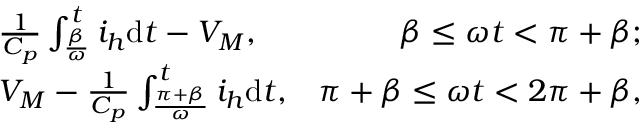
\begin{array} { r l r } & { \frac { 1 } { C _ { p } } \int _ { \frac { \beta } { \omega } } ^ { t } i _ { h } \mathrm { d } t - { V _ { M } } , } & { \beta \le \omega t < \pi + \beta ; } \\ & { { V _ { M } } - \frac { 1 } { C _ { p } } \int _ { \frac { \pi + \beta } { \omega } } ^ { t } i _ { h } \mathrm { d } t , } & { \pi + \beta \le \omega t < 2 \pi + \beta , } \end{array}